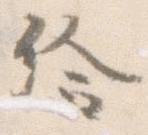
給